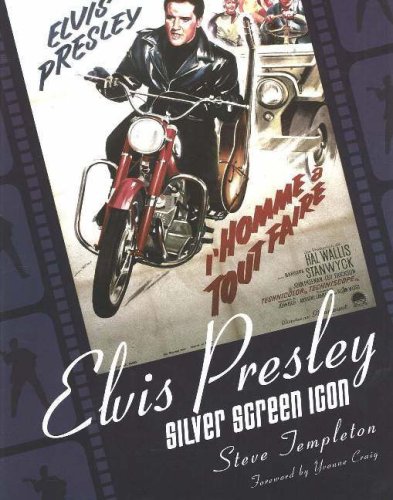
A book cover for Elvis Presley: Silver Screen Icon: A Collection of Movie Posters; Steve Templeton; Crafts, Hobbies & Home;